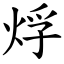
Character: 烰